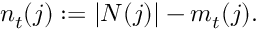
n _ { t } ( j ) : = | N ( j ) | - m _ { t } ( j ) .